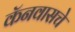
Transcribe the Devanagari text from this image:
कॅनवासचे